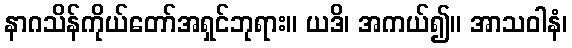
နာဂသိန်ကိုယ်တော်အရှင်ဘုရား။ ယဒိ၊ အကယ်၍။ အာသဝါနံ၊